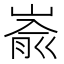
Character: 嵛